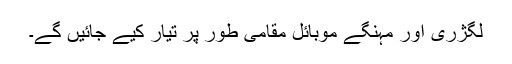
لگژری اور مہنگے موبائل مقامی طور پر تیار کیے جائیں گے۔